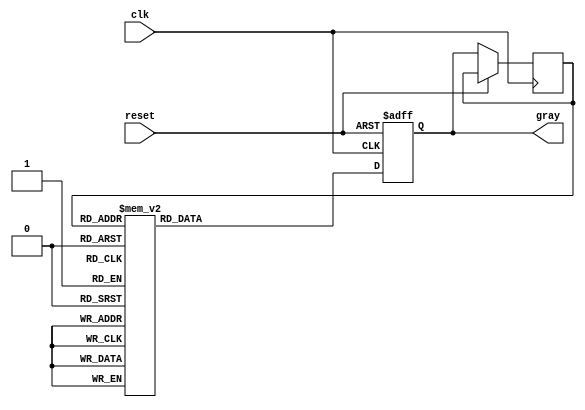
module gray_code_counter (
    input wire clk,       // Clock input
    input wire reset,     // Asynchronous reset
    output reg [2:0] gray // 3-bit Gray code output
);

// Internal signals for the current state
reg [2:0] current_state;

// Asynchronous reset and state transition on clock edge
always @(posedge clk or posedge reset) begin
    if (reset) begin
        // Initialize to the first Gray code state
        gray <= 3'b000; // Reset to Gray code 000
    end else begin
        // Transition to the next Gray code state
        current_state <= gray; // Store current state
        case (current_state)
            3'b000: gray <= 3'b001; // 0 -> 1
            3'b001: gray <= 3'b011; // 1 -> 3
            3'b011: gray <= 3'b010; // 3 -> 2
            3'b010: gray <= 3'b110; // 2 -> 6
            3'b110: gray <= 3'b111; // 6 -> 7
            3'b111: gray <= 3'b101; // 7 -> 5
            3'b101: gray <= 3'b100; // 5 -> 4
            3'b100: gray <= 3'b000; // 4 -> 0
            default: gray <= 3'b000; // Default case
        endcase
    end
end

endmodule